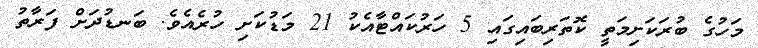
މަހުގެ ބުރަކަށިމަތީ ކޮތަރިބައިގައި 5 ހަރުކައްޓާއެކު 21 މަޑުކަށި ހުރެއެވެ. ބަނޑުދަށް ފަރާތު